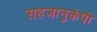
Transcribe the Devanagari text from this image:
सहजानुकंपी